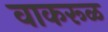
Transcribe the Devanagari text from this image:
वाकरूळ